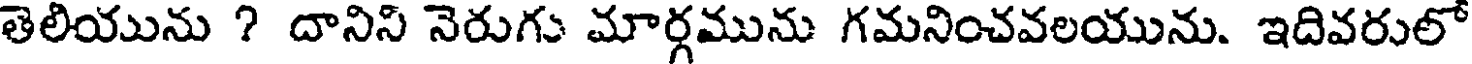
తెలియును ? దానిని నెరుగు మార్గమును గమనించవలయును. ఇదివరులో